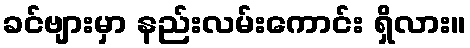
ခင်ဗျားမှာ နည်းလမ်းကောင်း ရှိလား။